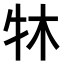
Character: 𤘬